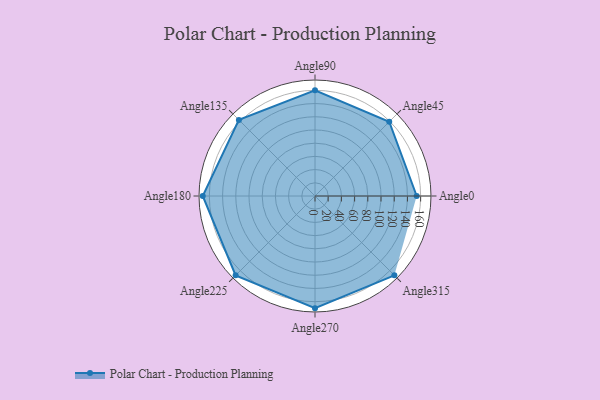
{"axis": {"x": "Angle", "y": "Radius"}, "legend": [""], "data": [{"x": "Angle0", "y": 154.0, "type": ""}, {"x": "Angle45", "y": 159.0, "type": ""}, {"x": "Angle90", "y": 160.0, "type": ""}, {"x": "Angle135", "y": 163.0, "type": ""}, {"x": "Angle180", "y": 170.0, "type": ""}, {"x": "Angle225", "y": 170, "type": ""}, {"x": "Angle270", "y": 170, "type": ""}, {"x": "Angle315", "y": 170, "type": ""}]}